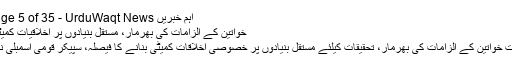
اہم خبریں Archives - Page 5 of 35 - UrduWaqt News
خواتین کے الزامات کی بھرمار، مستقل بنیادوں پر اخلاقیات کمیٹی بنانے کا فیصلہ
عائشہ گلالئی سمیت خواتین کے الزامات کی بھرمار، تحقیقات کیلئے مستقل بنیادوں پر خصوصی اخلاقات کمیٹی بنانے کا فیصلہ، سپیکر قومی اسمبلی نے منظوری دیدی۔